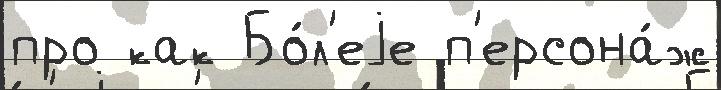
про как Бо́л'еjе п'ерсона́ж